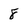
Character: 8